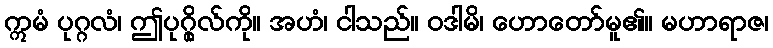
ဣမံ ပုဂ္ဂလံ၊ ဤပုဂ္ဂိုလ်ကို။ အဟံ၊ ငါသည်။ ဝဒါမိ၊ ဟောတော်မူ၏။ မဟာရာဇ၊